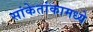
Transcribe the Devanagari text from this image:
सांकेतांकामध्ये